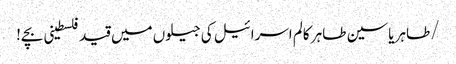
/طاہر یاسین طاہر	کالم	اسرائیل کی جیلوں میں قید فلسطینی بچے!